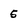
Character: 5